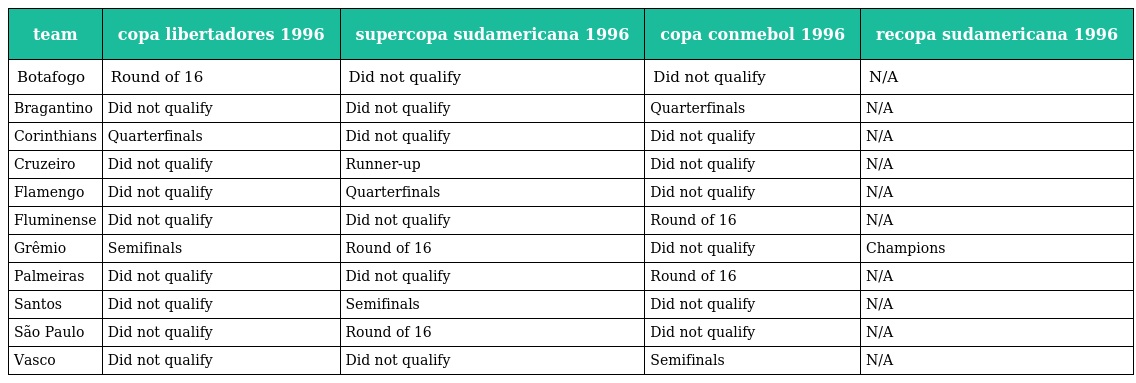
| team | copa libertadores 1996 | supercopa sudamericana 1996 | copa conmebol 1996 | recopa sudamericana 1996 |
 | --- | --- | --- | --- | --- |
 | Botafogo | Round of 16 | Did not qualify | Did not qualify | N/A |
 | Bragantino | Did not qualify | Did not qualify | Quarterfinals | N/A |
 | Corinthians | Quarterfinals | Did not qualify | Did not qualify | N/A |
 | Cruzeiro | Did not qualify | Runner-up | Did not qualify | N/A |
 | Flamengo | Did not qualify | Quarterfinals | Did not qualify | N/A |
 | Fluminense | Did not qualify | Did not qualify | Round of 16 | N/A |
 | Grêmio | Semifinals | Round of 16 | Did not qualify | Champions |
 | Palmeiras | Did not qualify | Did not qualify | Round of 16 | N/A |
 | Santos | Did not qualify | Semifinals | Did not qualify | N/A |
 | São Paulo | Did not qualify | Round of 16 | Did not qualify | N/A |
 | Vasco | Did not qualify | Did not qualify | Semifinals | N/A |